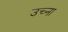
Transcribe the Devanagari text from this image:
उच्ना